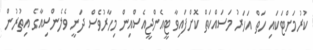
ކުރުމަށްޓަކައި ހަތް އަހަރު މަސައްކަތް ކޮށްފައިވާ ޓީއެންޖީއެސްއިން މިހާރުވެސް ދަނީ ވެލެންސިއާގެ އިތުރުން